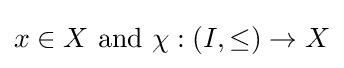
x\in X{\text{ and }}\chi :(I,\leq )\to X